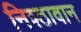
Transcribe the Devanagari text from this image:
निश्ठावान